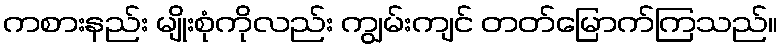
ကစားနည်း မျိုးစုံကိုလည်း ကျွမ်းကျင် တတ်မြောက်ကြသည်။